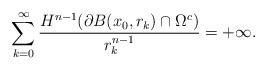
LaTeX: \begin{align*} \sum_{k=0}^{\infty}\frac{H^{n-1}( \partial B(x_0,r_k) \cap \Omega ^c)}{r_k^{n-1}}=+\infty.\end{align*}